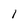
Character: 1